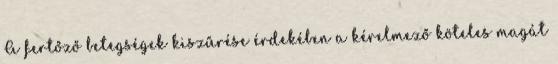
A fertőző betegségek kiszűrése érdekében a kérelmező köteles magát